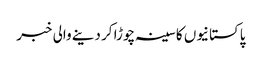
پاکستانیوں کا سینہ چوڑا کر دینے والی خبر